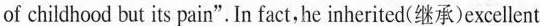
of childhood but its pain".In fact,he inherited(继承)exellent